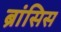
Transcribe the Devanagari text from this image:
ब्रांसिस